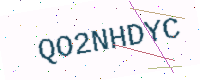
Text: QO2NHDYC